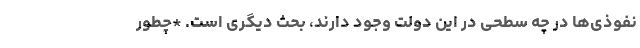
نفوذی‌ها در چه سطحی در این دولت وجود دارند، بحث دیگری است. *چطور